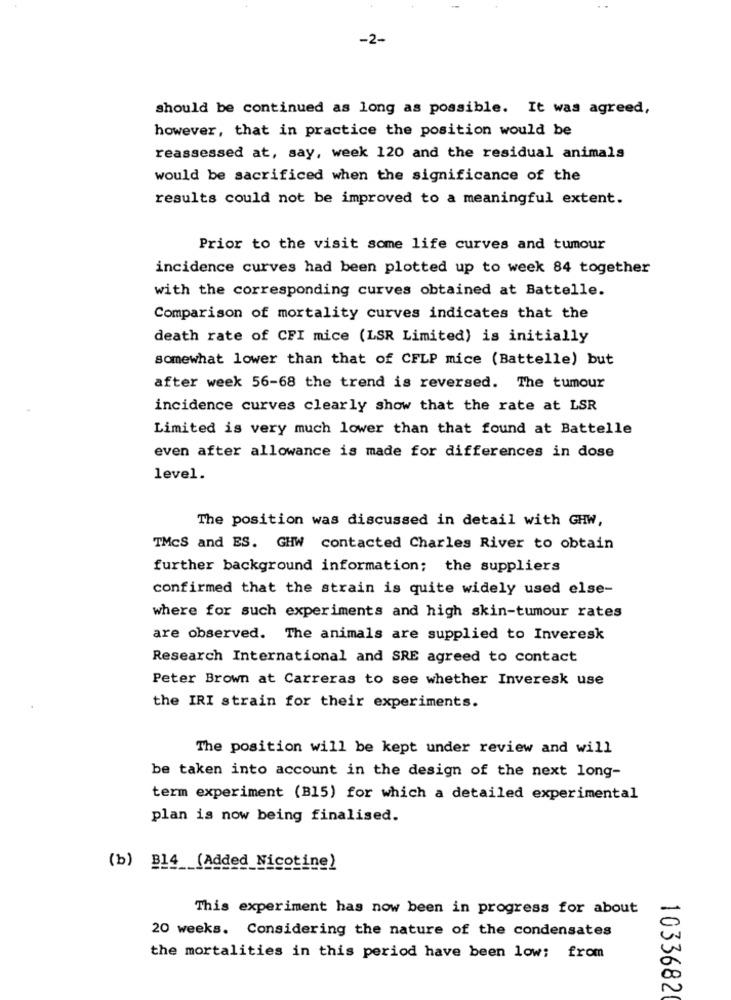
-2-
should be continued as long as possible. It was agreed,
however, that in practice the position would be
reassessed at, say, week 120 and the residual animals
would be sacrificed when the significance of the
results could not be improved to a meaningful extent.
Prior to the visit some life curves and tumour
incidence curves had been plotted up to week 84 together
with the corresponding curves obtained at Battelle.
Comparison of mortality curves indicates that the
death rate of CFI mice (LSR Limited) is initially
somewhat lower than that of CFLP mice (Battelle) but
after week 56-68 the trend is reversed. The tumour
incidence curves clearly show that the rate at LSR
Limited is very much lower than that found at Battelle
even after allowance is made for differences in dose
level.
The position was discussed in detail with GHW,
TMcS and ES. GHW contacted Charles River to obtain
further background information; the suppliers
confirmed that the strain is quite widely used else-
where for such experiments and high skin-tumour rates
are observed. The animals are supplied to Inveresk
Research International and SRE agreed to contact
Peter Brown at Carreras to see whether Inveresk use
the IRI strain for their experiments.
The position will be kept under review and will
be taken into account in the design of the next long-
term experiment (B15) for which a detailed experimental
plan is now being finalised.
(b) B14 (Added Nicotine)
This experiment has now been in progress for about
20 weeks. Considering the nature of the condensates
the mortalities in this period have been low: from
1033682